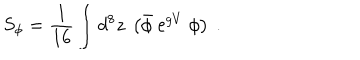
S _ { \phi } = \frac { 1 } { 1 6 } \int d ^ { 8 } z \ \left( { \bar { \phi } } \ { \mathrm e } ^ { g V } \ \phi \right) \ .